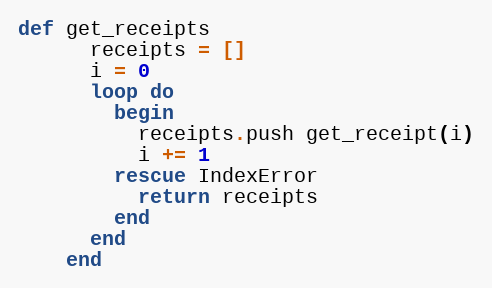
Language: Ruby
def get_receipts
      receipts = []
      i = 0
      loop do
        begin
          receipts.push get_receipt(i)
          i += 1
        rescue IndexError
          return receipts
        end
      end
    end